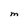
Character: M